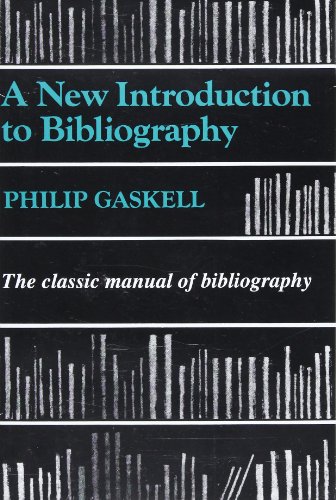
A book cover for A New Introduction to Bibliography; Philip Gaskell; Computers & Technology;